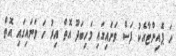
ހަ ޕޮއިންޓާއެކު ފަސް ވަނައިގައި މަހިބަދޫ އޮތް އިރު ހަ ވަނައިގައި އޮތް